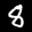
Label: 8